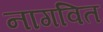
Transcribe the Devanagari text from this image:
नागवित